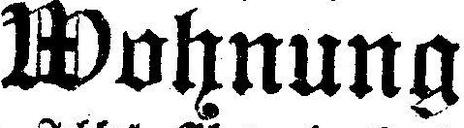
Wohnung